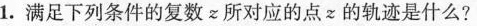
1.满足下列条件的复数z所对应的点z的轨迹是什么?